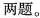
两题。